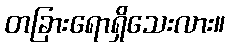
တခြားရောရှိသေးလား။